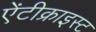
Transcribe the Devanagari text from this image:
ऐंटीक्राइस्ट